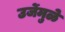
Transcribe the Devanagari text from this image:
उर्जेमुळे